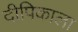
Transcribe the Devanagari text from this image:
दीपिकाला